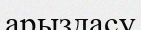
арыздасу